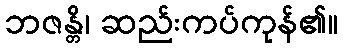
ဘဇန္တိ၊ ဆည်းကပ်ကုန်၏။